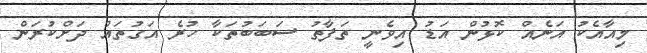
މިއާއެކު އަނެއް ކޮޅުން އަޑު އިވެނީ ތަފާތު ސަބަބުތަކާ ހުރެ އަގުތައް ދަށްކުރަން